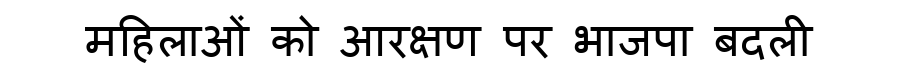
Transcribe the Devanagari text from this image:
महिलाओं को आरक्षण पर भाजपा बदली